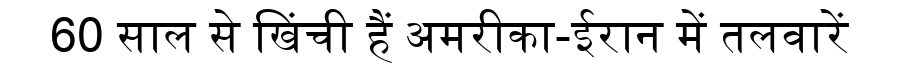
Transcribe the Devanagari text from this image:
60 साल से खिंची हैं अमरीका-ईरान में तलवारें